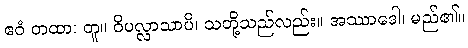
ဧဝံ တထာ၊ တူ။ ဝိပလ္လာသာပိ၊ သတို့သည်လည်း။ အဿာဒေါ၊ မည်၏။